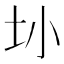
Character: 𫭚